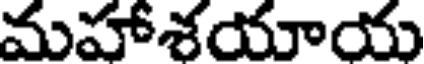
మహాశయాయ